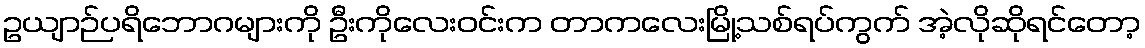
ဥယျာဉ်ပရိဘောဂများကို ဦးကိုလေးဝင်းက တာကလေးမြို့သစ်ရပ်ကွက် အဲ့လိုဆိုရင်တော့